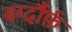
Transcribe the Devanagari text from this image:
बर्ग्दौर्फ़